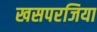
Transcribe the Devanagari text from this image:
खसपरजिया